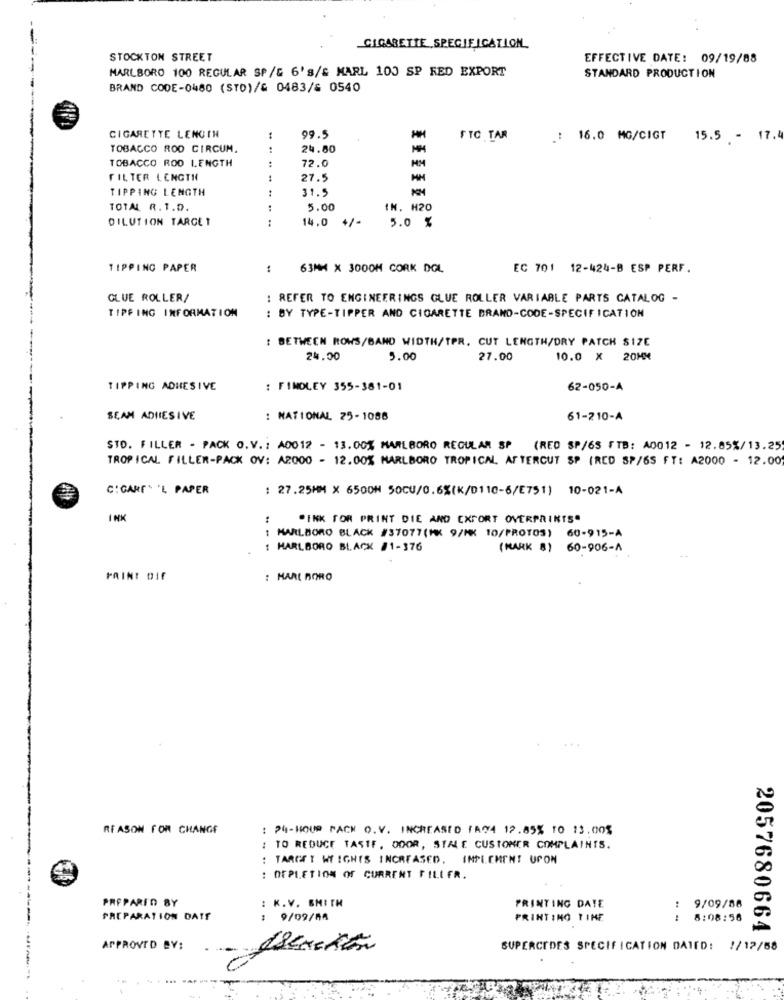
-
CIGARETTE SPECIFICATION
STOCKTON STREET
EFFECTIVE DATE: 09/19/88
MARLBORO 100 REGULAR SP/G 6'S/& MARL 100 SP RED EXPORT
STANDARD PRODUCTION
BRAND CODE-0480 (STD)/6 0483/& 0540
CIGARETTE LENGIN
99.5
FTC TAR
.: 16.0 MG/CIGT
15.5 - 17.4
TOBACCO ROD CIRCUM.
24.80
TOBACCO ROD LENGTH
72.0
FILTER LENGTH
27.5
TIPPING LENGTH
31.5
TOTAL R.1.D.
5.00
IN. H20
DILUTION TARGET
..
14.0
+/-
5.0 %
TIPPING PAPER
:
63MM X 3000H CORK DGL
EC 701 12-424-B ESP PERF.
GLUE ROLLER/
: REFER TO ENGINEERINGS GLUE ROLLER VARIABLE PARTS CATALOG -
TIPFING INFORMATION
: BY TYPE-TIPPER AND CIGARETTE BRAND-CODE-SPECIFICATION
: BETWEEN ROWS/BAND WIDTH/TPR. CUT LENGTH/DRY PATCH S17C
24.00
5.00
27.00
10.0 X 20MM
TIPPING ADHESIVE
: FINDLEY 355-381-01
62-050-A
SEAM ADHESIVE
: NATIONAL 25-1088
61-210-A
STO. FILLER - PACK O.V .: A0012 - 13.00% MARLBORO REGULAM SP (RED SP/65 FTB: A0012 - 12.85%/13.25
TROPICAL FILLER-PACK OV: A2000 - 12.00% MARLBORO TROPICAL AFTERCUT SP (RED SP/65 FT: A2000 - 12.00
C : GARE' 'L PAPER
: 27.25MM X 6500H 50CU/0.6%(K/0110-6/E751) 10-021-A
INK
-INK FOR PRINT DIE AND EXPORT OVERPRINTS"
MARLBORO BLACK #37077(MK 9/MK 10/PROTOS) 60-915-A
: MARLBORO BLACK #1-376
(MARK 8) 60-906-A
PAINT DIE
: HARL BORO
REASON FOR CHANGE
: 24-HOUR PACK O.V. INCREASED FA74 12.85% 10 13.00$
: TO REDUCE TASIF, ODOR, STALE CUSTOMER COMPLAINTS.
TARGET WEIGHTS INCREASED. IMPLEMENT UPON
: DEPLETION OF CURRENT FILLER.
PREPARI'D BY
9/09/86
K.V. SMITH
PRINTING DATE
PREPARATION DATE
: 9/09/04
PRINTING TIME
8:08:56
2057680664
APPROVED BY:
SUPERCIDES SPECIFICATION DATED: //12/58
------------